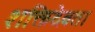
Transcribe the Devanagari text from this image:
शक्तिदेवता